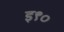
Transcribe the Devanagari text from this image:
इ९०